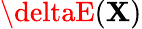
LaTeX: \deltaE(\mathbf{X})